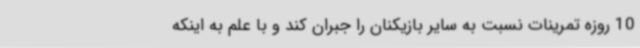
10 روزه تمرینات نسبت به سایر بازیکنان را جبران کند و با علم به اینکه